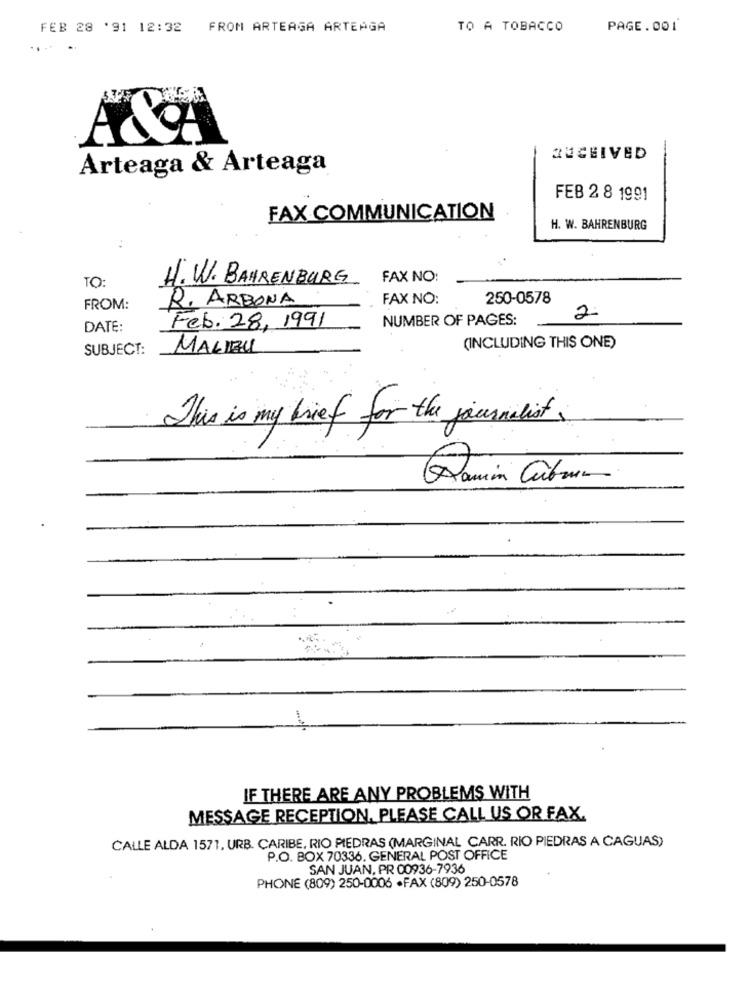
FEB 28 '91 12:32
FROM ARTEAGA ARTEAGA
TO A TOBACCO
PAGE.001
.. ..
RECEIVED
Arteaga & Arteaga
FEB 2 8 1991
FAX COMMUNICATION
H. W. BAHRENBURG
H.W. BAHRENBURG
FAX NO:
TO:
FAX NO:
250-0578
FROM:
R. ARBONA
NUMBER OF PAGES:
DATE:
Feb. 28, 1991
SUBJECT:
MALIZU
(INCLUDING THIS ONE)
This is my brief for the journalist,
IF THERE ARE ANY PROBLEMS WITH
MESSAGE RECEPTION, PLEASE CALL US OR FAX.
CALLE ALDA 1571, URB. CARIBE, RIO PIEDRAS (MARGINAL CARR. RIO PIEDRAS A CAGUAS)
P.O. BOX 70336. GENERAL POST OFFICE
SAN JUAN, PR 00936-7936
PHONE (809) 250-0006 ·FAX (809) 250-0578